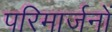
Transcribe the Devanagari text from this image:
परिमार्जनों